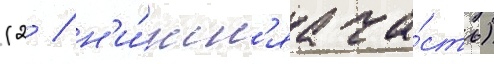
(2 / н'и́жн'яа ча́сть)